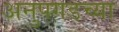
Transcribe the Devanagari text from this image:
अनुपगडच्या